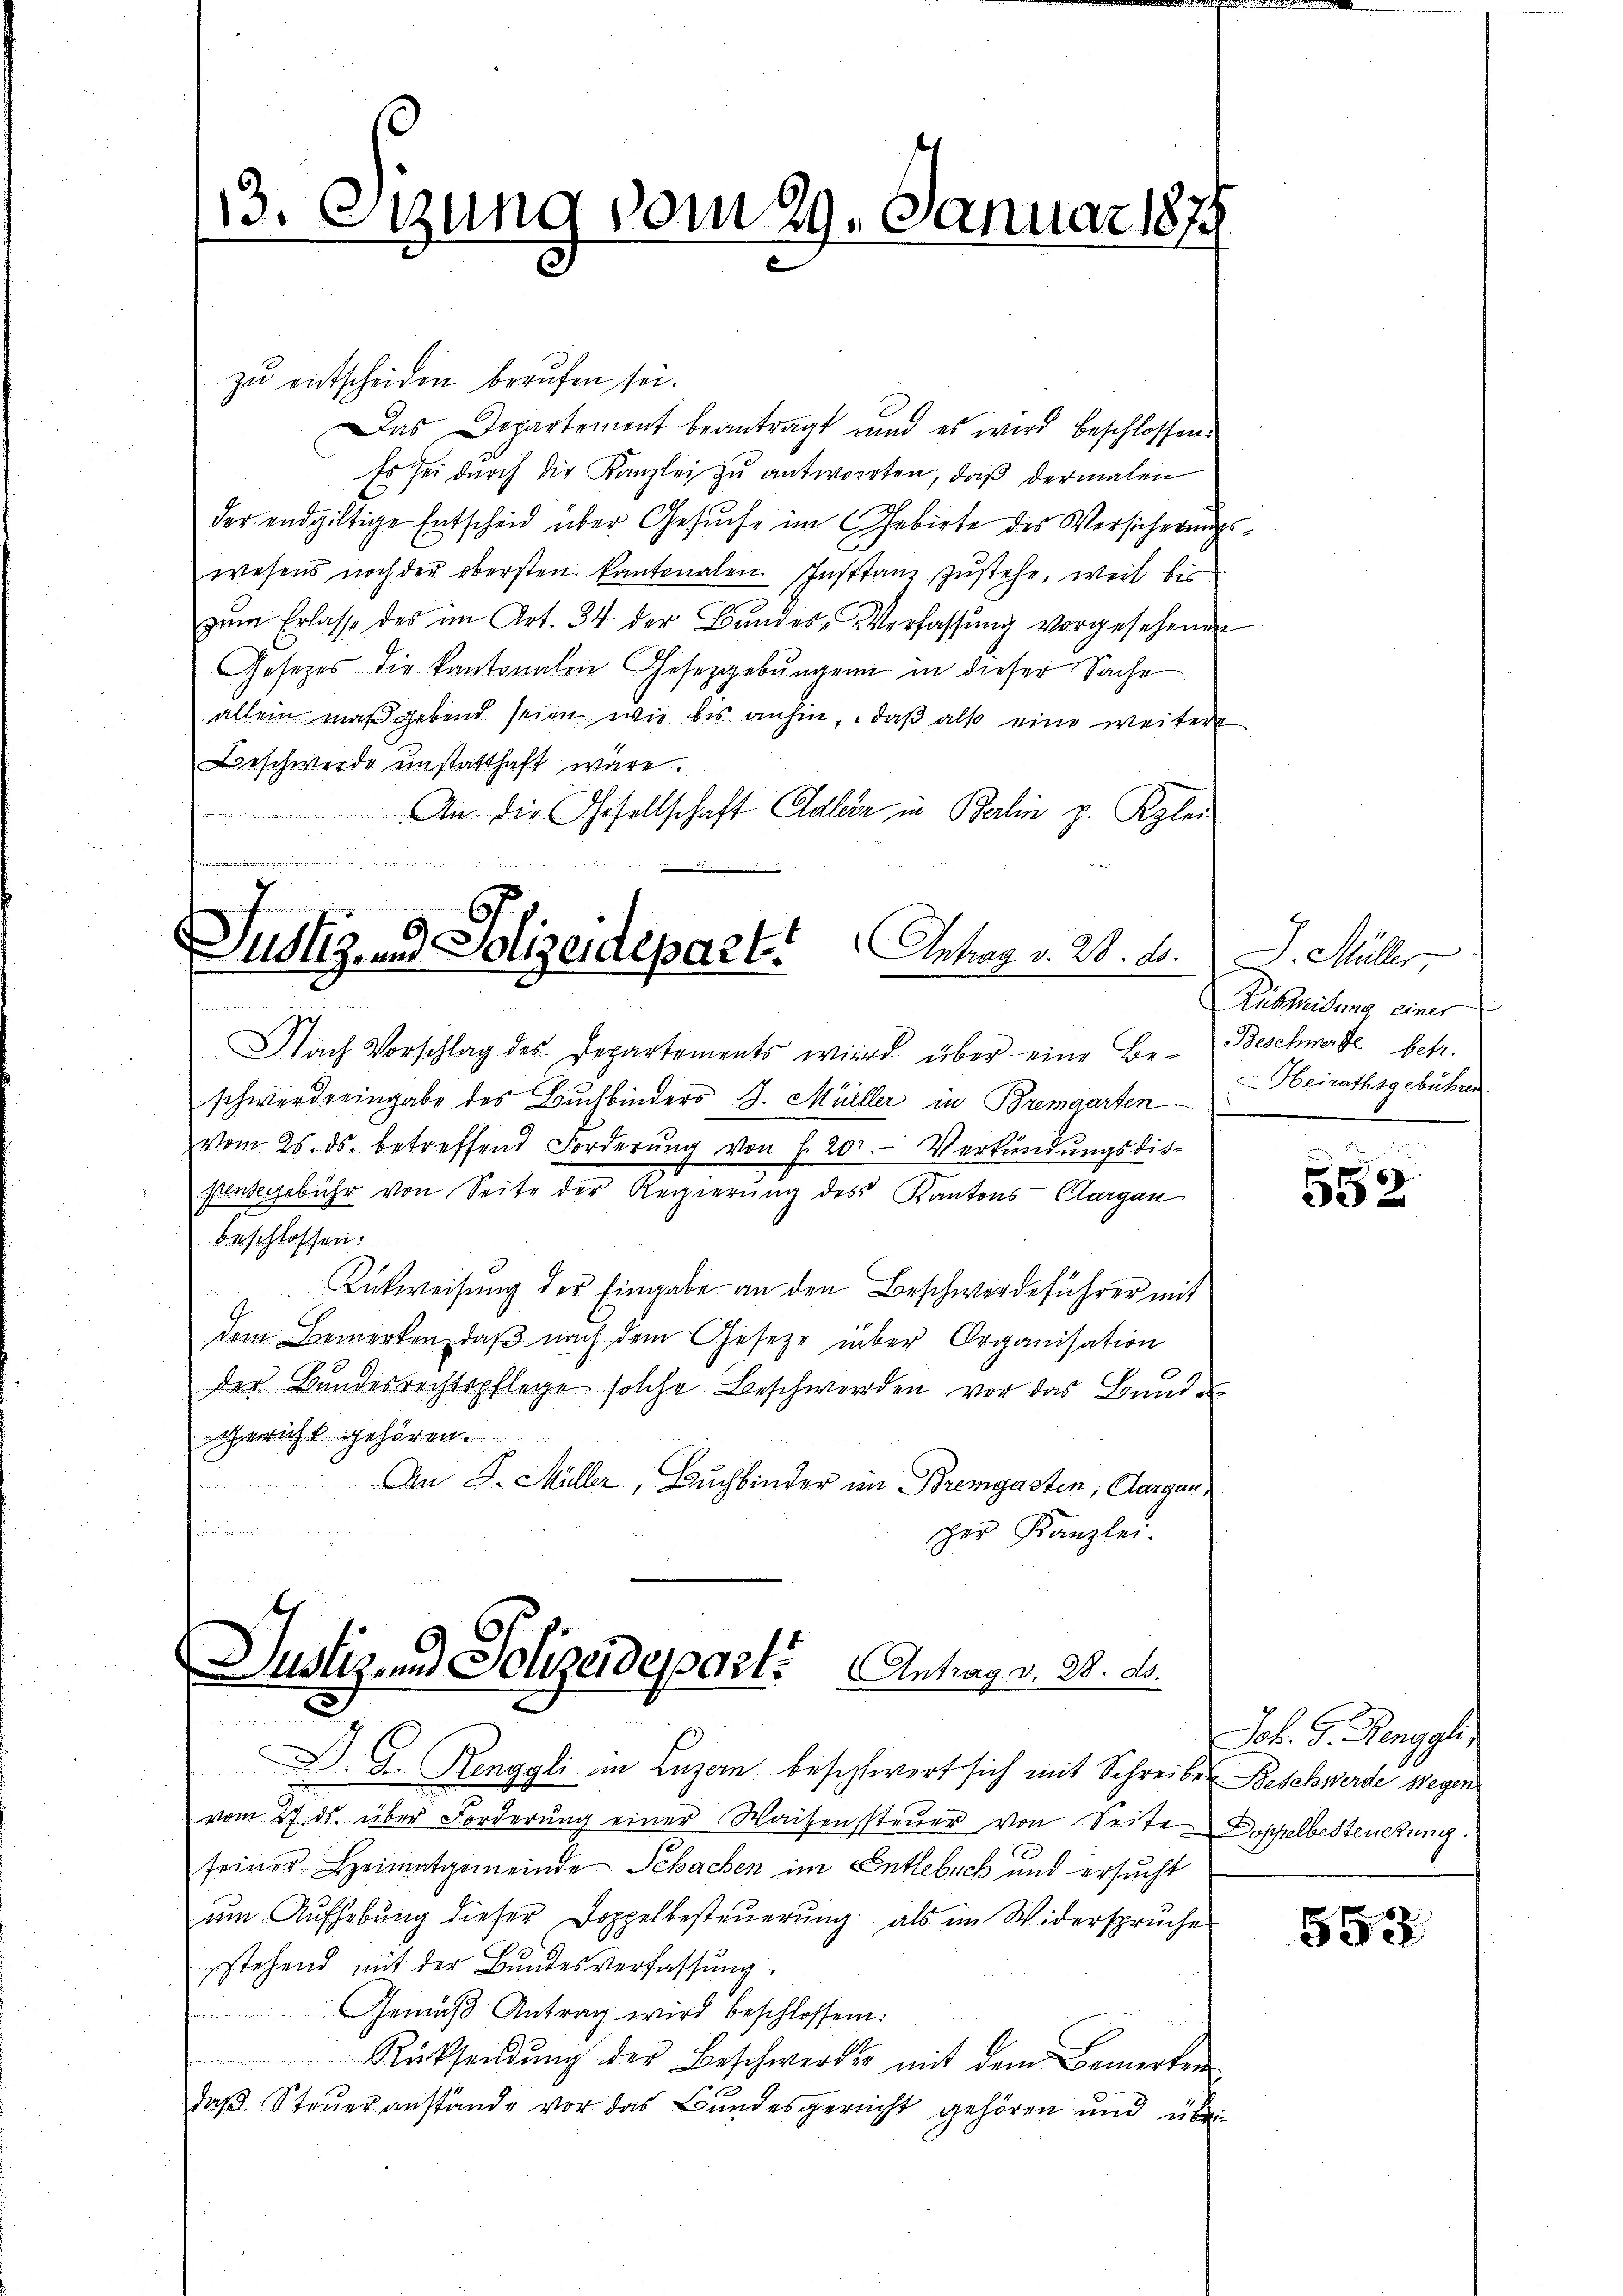
13. Sitzung vom 29. Januar 187

zu entscheiden berufen sei.
Das Departement beantragt und es wird beschlossen:
Es sei durch die Kanzlei zu antworten, daß dermalen
der endgültige Entscheid über Gesuche im Gebirte des Versicherungswesens noch der obersten kantonalen Instanz zustehe, weil bis
zŭm Erlasse des im Art. 34 der Bundes-Verfassŭng vorgesehenen
Gesetzes die kantonalen Gesetzgebungen in dieser Sache
allein maßgebend seien wie bis anhin, daβ also eine weitere
Beschwerde einstatthaft wäre.

An die Gesellschaft Eldlein in Berlin z. Klei
npense

.
Suolz- und Polizeidepart. Antrag v. 20. Fr. J. Müller
d
Nach Vorschlag des Departements wird über eine Be- Beschwerde betr.

schwerde eingabe des Buchbinders J. Müller in Bremgarten
vom 25. ds. betreffend Forderŭng von f. 20. Verkündŭngsdis-
sausgebühr von Seite der Regierung des Kantons Aargau
beschlossen:
Rükweisung der Eingabe an den Beschwerdeführer mit
dem Bemerken, daß nach dem Gesetze über Organisation
der Bundesrechtspflege solche Beschwerden vor das Bunde
Gericht gehören.
.
An J. Müller, Buchbinder im Bremgasten, Aargaue
ger Kanzlei.

Justiz und Polizeideparte Antrag v. 28. ds.

D. G. Renggli in Luzern beschwert sich mit Schreiber Beschwerde wegen
vom 27. ds. über Forderung einer Waisensteuer von Seite Doppelbesteuerung
seiner Heimatgemeinde Schachen im Entlebuch und ersucht
um Aufhebung dieser Doppelbesteuerung als im Widerspruche
stehend mit der Bundesverfassung.
Gemäβ Antrag wird beschlossen:
Rücksendŭng der Beschwerden mit dem Bemerken
daβ Steŭeranstände vor das Bundesgericht gehören und über-

Rutheilung einer
Heirathsgebühren.

552

Joh. G. Renggli,

553